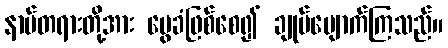
နာမ်တရားတို့အား မွေခံဖြစ်စေ၍ ချုပ်ပျောက်ကြသည်။